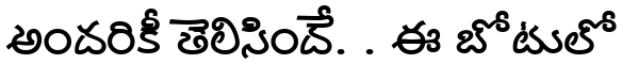
అందరికీ తెలిసిందే. . ఈ బోటులో